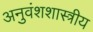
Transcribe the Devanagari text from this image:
अनुवंशशास्त्रीय